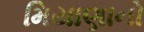
મિયાણાનો